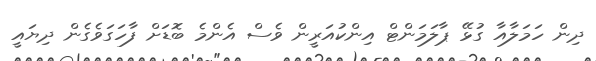
ދިން ހަމަލާއާ ގުޅޭ ޕާލަމަންޓް އިންކުއަރީން ވެސް އެންމެ ބޮޑަށް ފާހަގަވެގެން ދިޔައީ